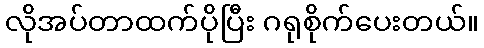
လိုအပ်တာထက်ပိုပြီး ဂရုစိုက်ပေးတယ်။